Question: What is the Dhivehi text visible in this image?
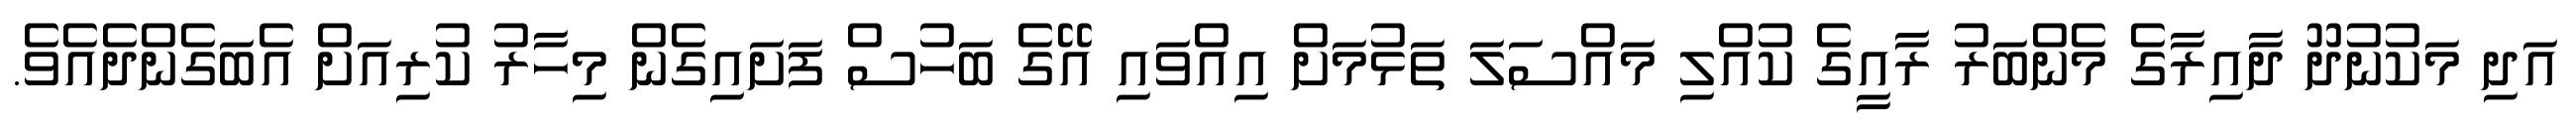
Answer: އަދި މަކުނުދޫ ދާއިރާގެ މެންބަރު ރާއީގެ ކުއްލި މައްސަލަ ތަޅުމަށް އިއްވައި އޭގެ ބަހުސް ފަށައިގެން މިހާރު ކުރިއަށް އެބަގެންދެއެވެ.